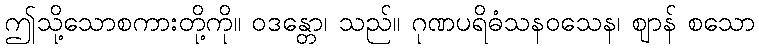
ဤသို့သောစကားတို့ကို။ ဝဒန္တော၊ သည်။ ဂုဏပရိဓံသနဝသေန၊ ဈာန် စသော